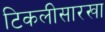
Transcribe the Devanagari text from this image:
टिकलीसारखा